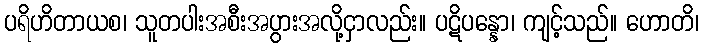
ပရိဟိတာယစ၊ သူတပါးအစီးအပွားအလို့ငှာလည်း။ ပဋိပန္နော၊ ကျင့်သည်။ ဟောတိ၊